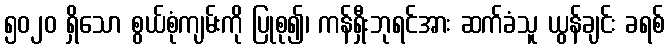
၅၀၂၀ ရှိသော စွယ်စုံကျမ်းကို ပြုစု၍၊ ကန်ရှီးဘုရင်အား ဆက်ခံသူ ယွန်ချင်း ခရစ်